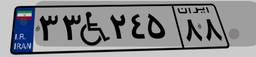
۴۸W۸۴۱۶۹